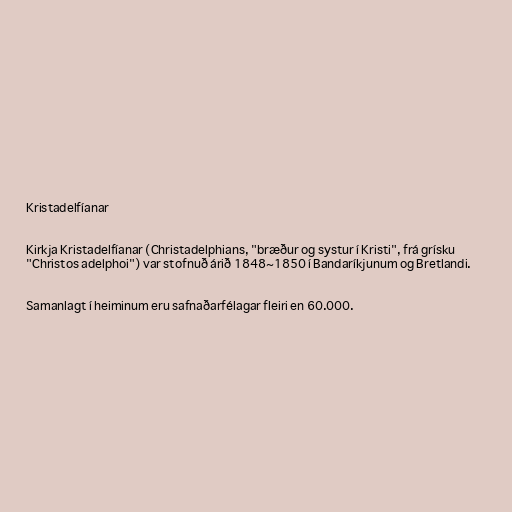
Kristadelfíanar

Kirkja Kristadelfíanar (Christadelphians, "bræður og systur í Kristi", frá grísku
"Christos adelphoi") var stofnuð árið 1848~1850 í Bandaríkjunum og Bretlandi.

Samanlagt í heiminum eru safnaðarfélagar fleiri en 60.000.